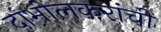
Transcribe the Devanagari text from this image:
दाभोलकरांची